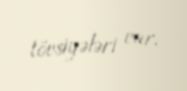
tövsiyələri var.